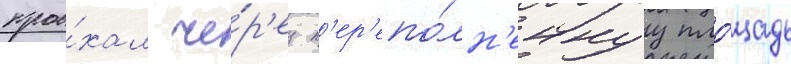
прое́хал че́р'ез п'ер'епо́лн'еннуу пло́щадь